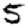
Digit: 5